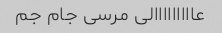
عااااااااالی مرسی جام جم